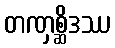
တဏှစ္ဆိဒဿ